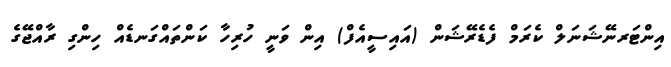
އިންޓަރނޭޝަނަލް ކެރަމް ފެޑެރޭޝަން (އައިސީއެފް) އިން ވަނީ ހުރިހާ ކަންތައްގަނޑެއް ހިންގި ރާއްޖޭގެ